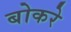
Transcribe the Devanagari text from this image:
बोकरे